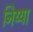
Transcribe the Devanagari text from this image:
निय्या